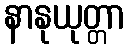
နာနုယုတ္တာ